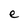
Character: e